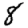
Digit: 8